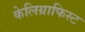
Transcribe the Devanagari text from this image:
केलिग्राफिस्ट